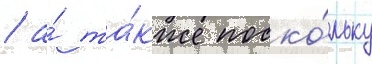
/ а́ та́кже поско́льку